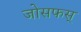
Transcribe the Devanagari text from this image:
जोसफस्